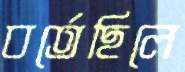
বর্তেছিলে